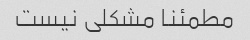
مطمئنا مشکلی نیست